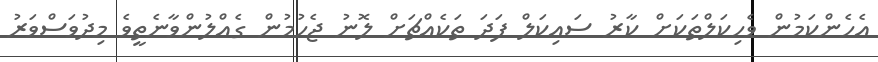
އެހެންކަމުން ވެހިކަލްތަކަށް ކާރު ސައިކަލް ފަދަ ތަކެއްޗަށް ލޮނު ޖެހުމުން ގެއްލުންވާނެތީވެ މިދުވަސްވަރު